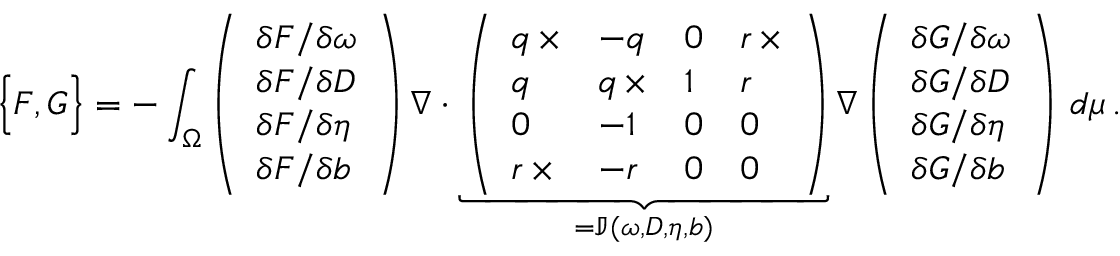
\Big \{ F , G \Big \} = - \int _ { \Omega } \left( \begin{array} { l } { \delta F / \delta \omega } \\ { \delta F / \delta D } \\ { \delta F / \delta \eta } \\ { \delta F / \delta b } \end{array} \right) \nabla \cdot \underbrace { \left( \begin{array} { l l l l } { q \, \times } & { - q } & { 0 } & { r \, \times } \\ { q } & { q \, \times } & { 1 } & { r } \\ { 0 } & { - 1 } & { 0 } & { 0 } \\ { r \, \times } & { - r } & { 0 } & { 0 } \end{array} \right) } _ { = \mathbb { J } ( \omega , D , \eta , b ) } \nabla \left( \begin{array} { l } { \delta G / \delta \omega } \\ { \delta G / \delta D } \\ { \delta G / \delta \eta } \\ { \delta G / \delta b } \end{array} \right) \, d \mu \, .